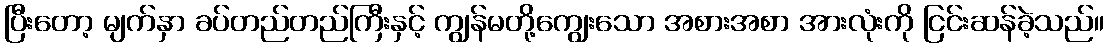
ပြီးတော့ မျက်နှာ ခပ်တည်တည်ကြီးနှင့် ကျွန်မတို့ကျွေးသော အစားအစာ အားလုံးကို ငြင်းဆန်ခဲ့သည်။